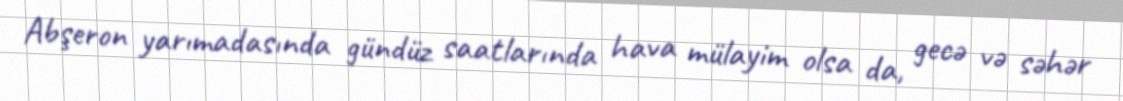
Abşeron yarımadasında gündüz saatlarında hava mülayim olsa da, gecə və səhər